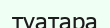
туатара